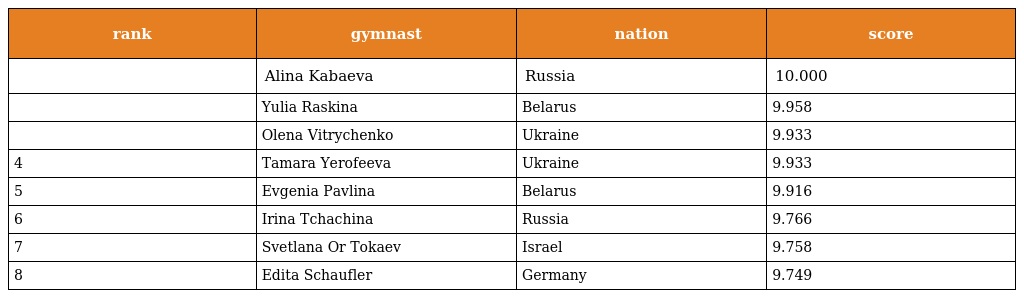
| rank | gymnast | nation | score |
 | --- | --- | --- | --- |
 |  | Alina Kabaeva | Russia | 10.000 |
 |  | Yulia Raskina | Belarus | 9.958 |
 |  | Olena Vitrychenko | Ukraine | 9.933 |
 | 4 | Tamara Yerofeeva | Ukraine | 9.933 |
 | 5 | Evgenia Pavlina | Belarus | 9.916 |
 | 6 | Irina Tchachina | Russia | 9.766 |
 | 7 | Svetlana Or Tokaev | Israel | 9.758 |
 | 8 | Edita Schaufler | Germany | 9.749 |